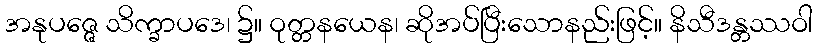
အနုပဇ္ဇေ သိက္ခာပဒေ၊ ၌။ ဝုတ္တနယေန၊ ဆိုအပ်ပြီးသောနည်းဖြင့်။ နိသီဒန္တဿဝါ